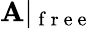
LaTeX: \mathbf{A}|_{\mathrm{{~f~r~e~e~}}}